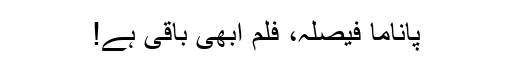
پاناما فیصلہ، فلم ابھی باقی ہے!